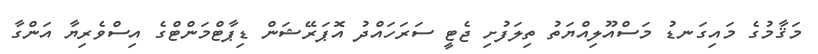
މަޤާމުގެ މައިގަނޑު މަސްއޫލިއްޔަތު ތިލަފުށި ޖެޓީ ސަރަހައްދު އޮޕަރޭޝަން ޑިޕާޓްމަންޓްގެ އިސްވެރިޔާ އަންގާ